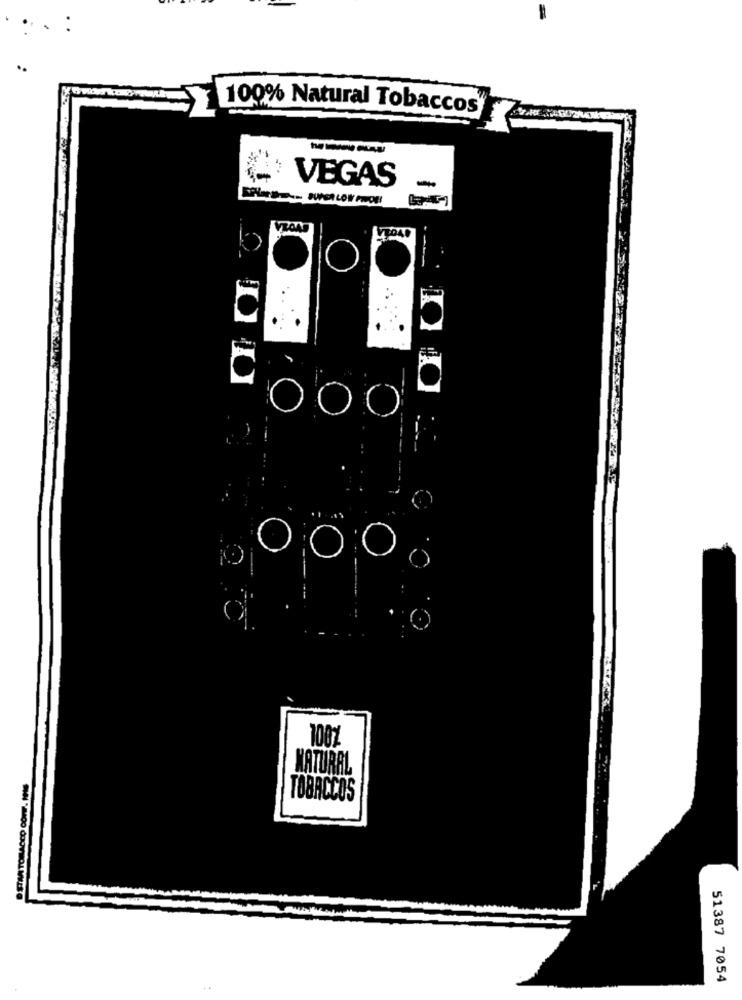
100% Natural Tobaccos
---
VEGAS
-
TON
C
100%
NATURAL
TOBACCOS
51387 7054